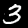
Label: 3